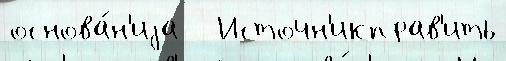
основа́н'иjа   Источн'икправ'ить